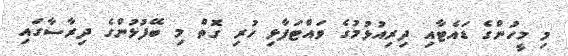
މި މީހުންގެ ޑައެޓާއި ދިރިއުޅުމުގެ ވައްޓަފާޅި ހުރި ގޮތް މި ބޭފުޅުންގެ ދިރާސާގައި